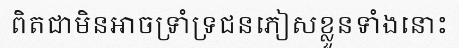
ពិតជាមិនអាចទ្រាំទ្រជនភៀសខ្លួនទាំងនោះ